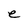
Character: e